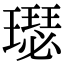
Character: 璱